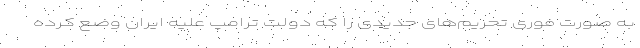
به صورت فوری تحریم‌های جدیدی را که دولت ترامپ علیه ایران وضع کرده